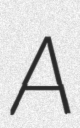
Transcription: A